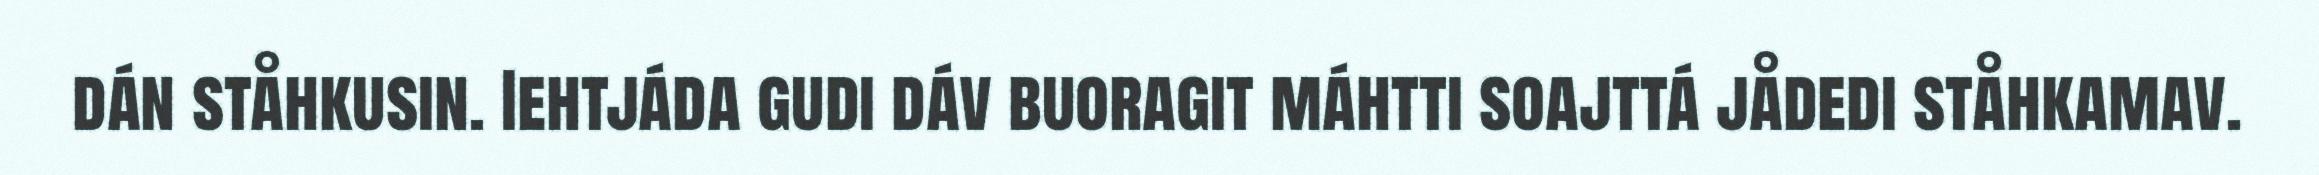
dán ståhkusin. Iehtjáda gudi dáv buoragit máhtti soajttá jådedi ståhkamav.